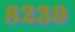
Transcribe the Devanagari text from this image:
८२३९